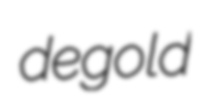
degold